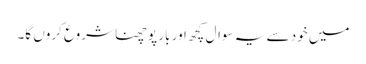
میں خود سے یہ سوال کچھ اور بار پوچھنا شروع کروں گا۔